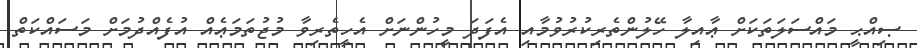
ޞިއްޙީ މައްސަލަތަކަށް ޢާއިލާ ހޭލުންތެރިކުރުވުމާއި އެފަދަ މީހުންނަށް އެހީތެރިވާ މުޖުތަމަޢެއް އުފެއްދުމަށް މަސައްކަތް